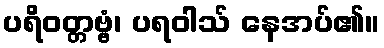
ပရိဝတ္တဗ္ဗံ၊ ပရဝါသ် နေအပ်၏။